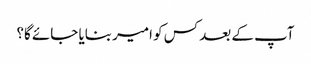
آپ کے بعد کس کو امیر بنایا جائے گا؟